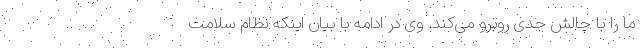
ما را با چالش جدی روبرو می‌کند. وی در ادامه با بیان اینکه نظام سلامت